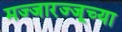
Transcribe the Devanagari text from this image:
मज्जारज्जूच्या